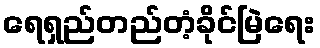
ရေရှည်တည်တံ့ခိုင်မြဲရေး